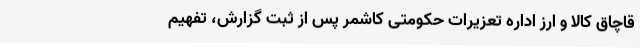
قاچاق کالا و ارز اداره تعزیرات حکومتی کاشمر پس از ثبت گزارش، تفهیم